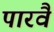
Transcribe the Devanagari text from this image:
पारवै